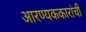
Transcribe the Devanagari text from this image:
आरण्यककारांची